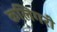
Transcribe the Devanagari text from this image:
कलिगरी